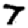
Digit: 7